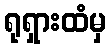
ရုရှားထံမှ